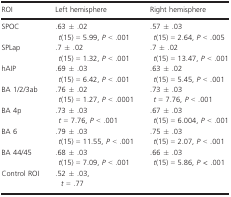
| ROI | Left hemisphere | Right hemisphere |
 | --- | --- | --- |
 | SPOC | .63 ± .02t(15) = 5.99, P < .001 | .57 ± .03t(15) = 2.64, P < .005 |
 | SPLap | .7 ± .02t(15) = 1.32, P < .001 | .7 ± .02t(15) = 13.47, P < .001 |
 | hAIP | .69 ± .03t(15) = 6.42, P < .001 | .63 ± .02t(15) = 5.45, P < .001 |
 | BA 1/2/3ab | .76 ± .02t(15) = 1.27, P < .0001 | .73 ± .03t = 7.76, P < .001 |
 | BA 4p | .73 ± .03t = 7.76, P < .001 | .67 ± .03t(15) = 6.004, P < .001 |
 | BA 6 | .79 ± .03t(15) = 11.55, P < .001 | .75 ± .03t(15) = 2.07, P < .001 |
 | BA 44/45 | .68 ± .03t(15) = 7.09, P < .001 | .66 ± .03t(15) = 5.86, P < .001 |
 | Control ROI | <COLSPAN=2> .52 ± .03,t = .77 |